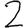
Digit: 2